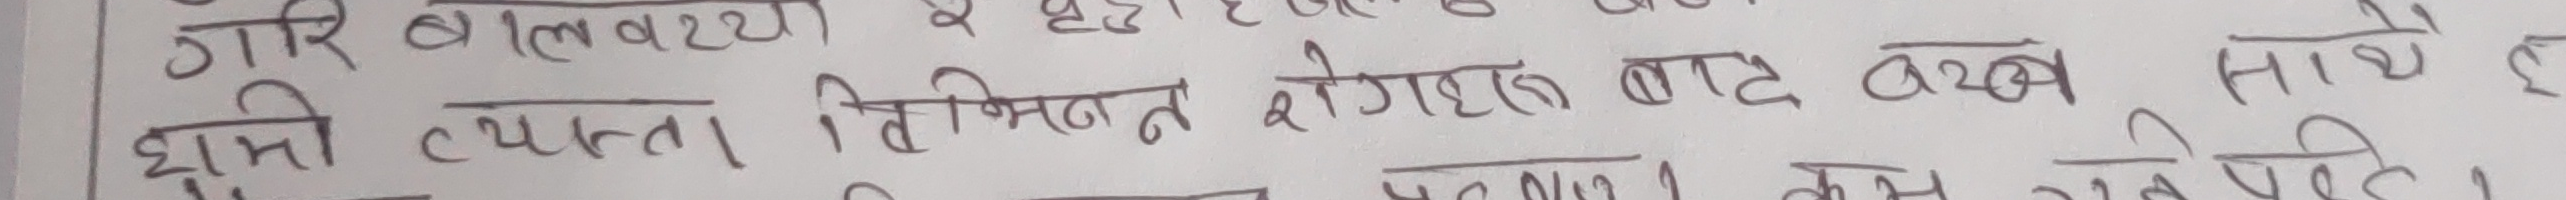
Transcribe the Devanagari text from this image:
गरे बालवय्या
मी व्यस्त । तिमीहरु रोगहरु बाट बचन साथै